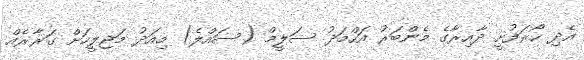
އެދި ހޯރަފުށީ ދާއިރާގެ މެންބަރު އަހްމަދު ސަލީމް (ސައްލެ) މިއަދު މަޖިލީހަށް ގަރާރެއް